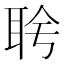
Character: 𬚔